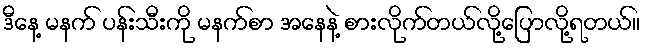
ဒီနေ့ မနက် ပန်းသီးကို မနက်စာ အနေနဲ့ စားလိုက်တယ်လို့ပြောလို့ရတယ်။